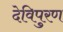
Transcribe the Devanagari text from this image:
देविपुरण